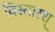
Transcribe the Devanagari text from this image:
विस्तारश्